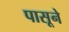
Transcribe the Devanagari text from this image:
पासूने